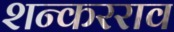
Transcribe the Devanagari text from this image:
शन्करराव